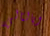
وبالتالي